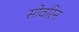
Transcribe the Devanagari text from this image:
सोवरिन